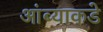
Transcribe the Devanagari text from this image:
आंब्याकडे